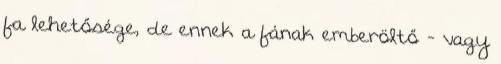
fa lehetősége, de ennek a fának emberöltő - vagy